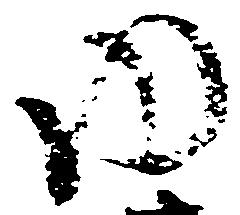
ゆ